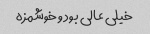
خیلی عالی بود و خوشمزه